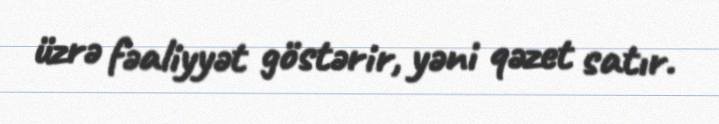
üzrə fəaliyyət göstərir, yəni qəzet satır.